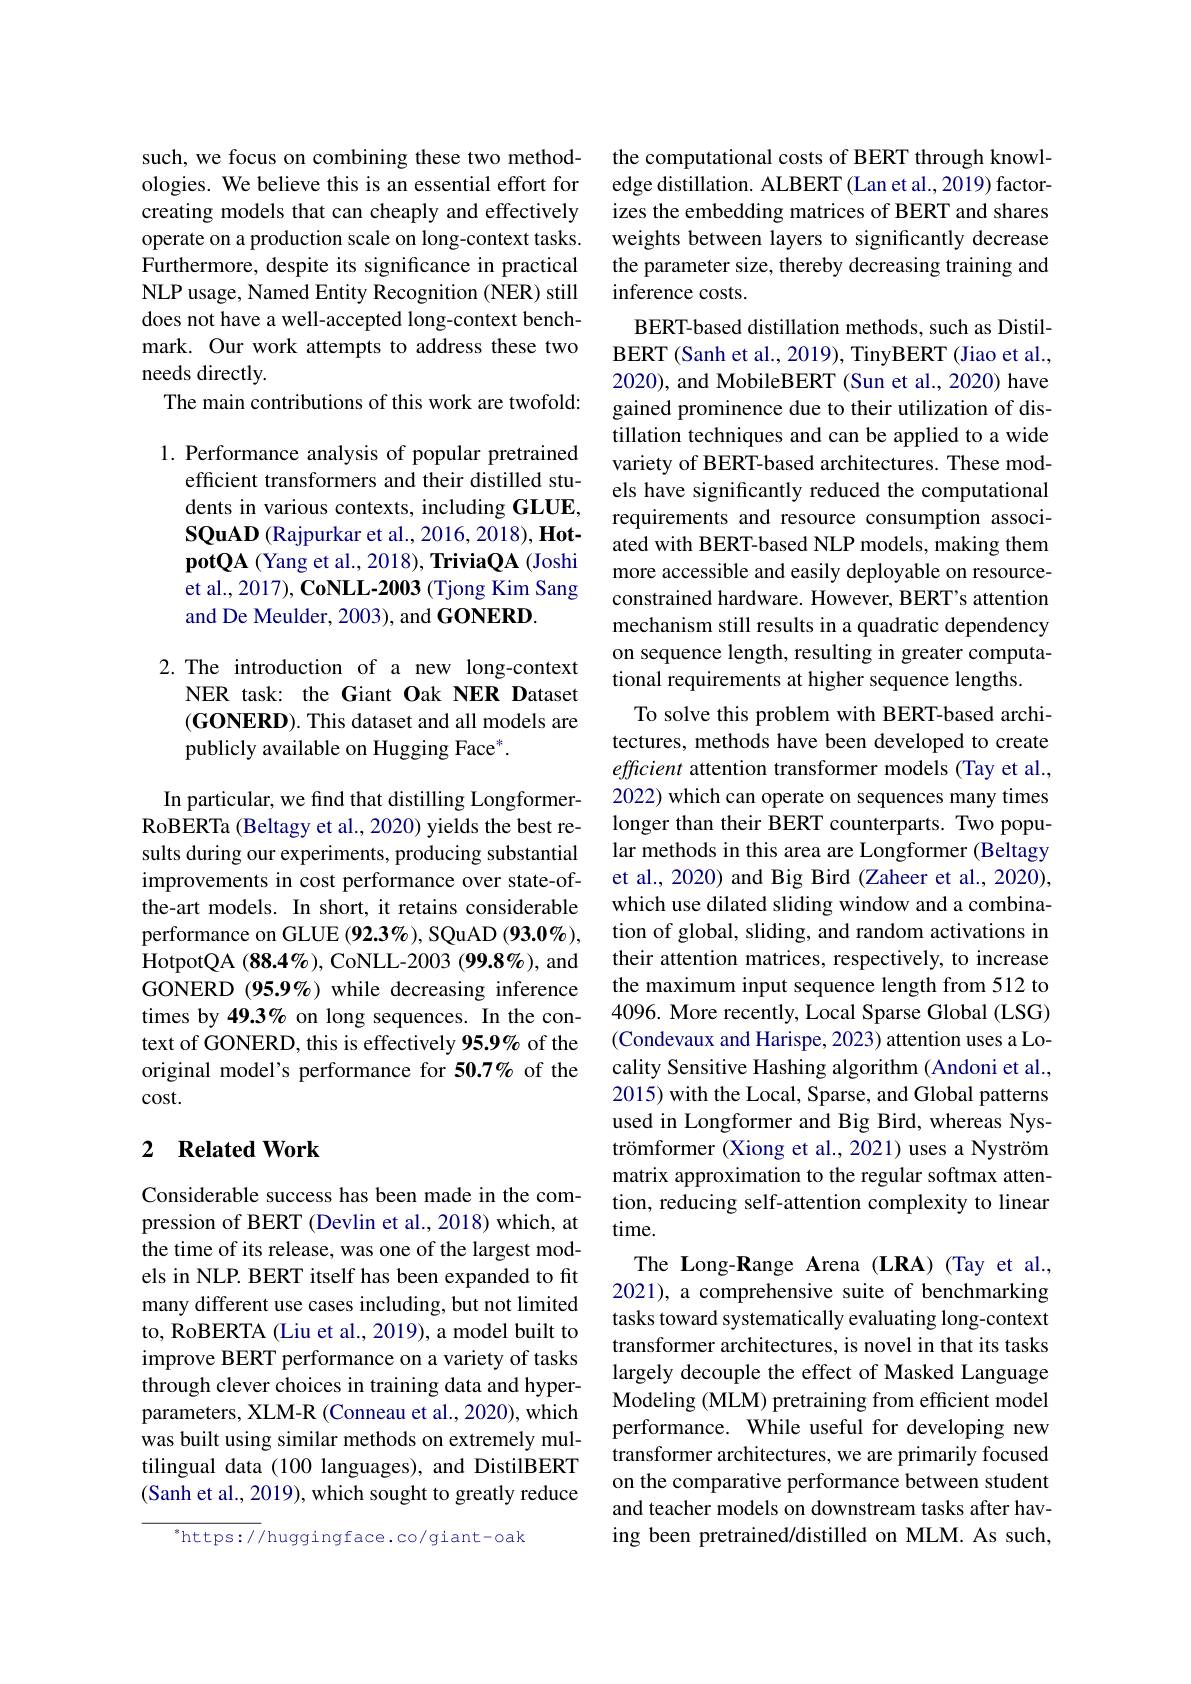
such, we focus on combining these two methodologies. We believe this is an essential effort for creating models that can cheaply and effectively operate on a production scale on long-context tasks. Furthermore, despite its significance in practical NLP usage, Named Entity Recognition (NER) still does not have a well-accepted long-context benchmark. Our work attempts to address these two needs directly.
The main contributions of this work are twofold:

1. Performance analysis of popular pretrained
efficient transformers and their distilled students in various contexts, including GLUE, SQuAD (Rajpurkar et al., 2016, 2018), HotpotQA (Yang et al., 2018), TriviaQA (Joshi et al., 2017), CoNLL-2003 (Tjong Kim Sang and De Meulder, 2003), and GONERD

2.The introduction of a new long-context
NER task: the Giant Oak NER Dataset $(\mathbf{GONERD}).$ This dataset and all models are publicly available on Hugging Face*.

In particular, we find that distilling LongformerRoBERTa (Beltagy et al., 2020) yields the best results during our experiments, producing substantial improvements in cost performance over state-ofthe-art models. In short, it retains considerable performance on GLUE (92.3%), SQuAD (93.0%), HotpotQA (88.4%), CoNLL-2003 (99.8%), and GONERD (95.9%) while decreasing inference times by 49.3% on long sequences. In the context of GONERD, this is effectively 95.9% of the original model's performance for 50.7% of the $cost.$

## 2 $\textbf{Related Work}$

Considerable success has been made in the compression of BERT (Devlin et al., 2018) which, at the time of its release, was one of the largest models in NLP. BERT itself has been expanded to fit many different use cases including, but not limited to, RoBERTA (Liu et al., 2019), a model built to improve BERT performance on a variety of tasks through clever choices in training data and hyperparameters, XLM-R (Conneau et al., 2020), which was built using similar methods on extremely multilingual data (100 languages), and DistilBERT (Sanh et al., 2019), which sought to greatly reduce

$^{*}$https://huggingface.co/giant-oak

the computational costs of BERT through knowledge distillation. ALBERT (Lan et al., 2019) factorizes the embedding matrices of BERT and shares weights between layers to significantly decrease the parameter size, thereby decreasing training and inference costs.
BERT-based distillation methods, such as DistilBERT ( Sanh et al. , 2019) , TinyBERT ( Jiao et al. , 2020), and MobileBERT (Sun et al., 2020) have gained prominence due to their utilization of distillation techniques and can be applied to a wide variety of BERT-based architectures. These models have significantly reduced the computational requirements and resource consumption associated with BERT-based NLP models, making them more accessible and easily deployable on resourceconstrained hardware. However, BERT's attention mechanism still results in a quadratic dependency on sequence length, resulting in greater computational requirements at higher sequence lengths.
To solve this problem with BERT-based architectures, methods have been developed to create efficient attention transformer models (Tay et al., 2022) which can operate on sequences many times longer than their BERT counterparts. Two popular methods in this area are Longformer (Beltagy et al., 2020) and Big Bird (Zaheer et al., 2020), which use dilated sliding window and a combination of global, sliding, and random activations in their attention matrices, respectively, to increase the maximum input sequence length from 512 to 4096. More recently, Local Sparse Global (LSG) (Condevaux and Harispe, 2023) attention uses a Locality Sensitive Hashing algorithm (Andoni et al., 2015) with the Local, Sparse, and Global patterns used in Longformer and Big Bird, whereas Nyströmformer (Xiong et al., 2021) uses a Nyström matrix approximation to the regular softmax attention, reducing self-attention complexity to linear time.
The Long-Range Arena (LRA) (Tay et al., 2021), a comprehensive suite of benchmarking tasks toward systematically evaluating long-context transformer architectures, is novel in that its tasks largely decouple the effect of Masked Language Modeling (MLM) pretraining from efficient model performance. While useful for developing new transformer architectures, we are primarily focused on the comparative performance between student and teacher models on downstream tasks after having been pretrained/distilled on MLM. As such,